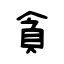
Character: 貪